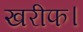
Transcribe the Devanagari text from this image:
खरीफ।